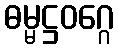
ဓမ္မဋ္ဌဝဂ္ဂေ